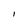
Character: l